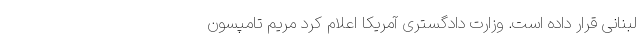
لبنانی قرار داده است. وزارت دادگستری آمریكا اعلام کرد مریم تامپسون